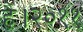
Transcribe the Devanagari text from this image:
है।२०११